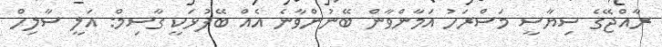
ރާއްޖޭގެ ސިޔާސީ މަސްރަހު އަމާންވާން ބޭނުންވާނެ އެއް ބޭފުޅަކީ ގާސިމް: އަލީ ސާލިހް